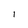
Character: l